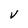
Character: V